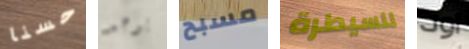
حسنا يوجد مسبح للسيطرة اود